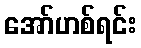
အော်ဟစ်ရင်း